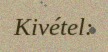
Kivétel: